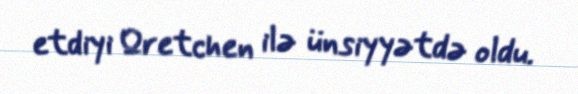
etdiyi Qretchen ilə ünsiyyətdə oldu.